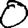
Digit: 0